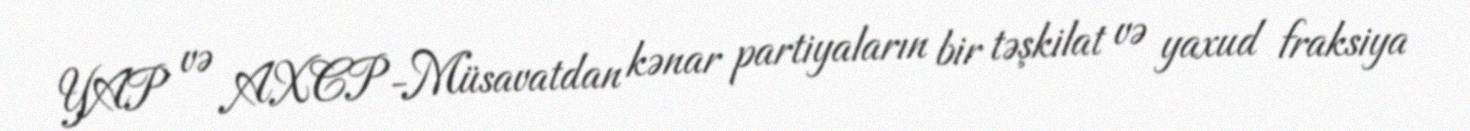
YAP və AXCP-Müsavatdan kənar partiyaların bir təşkilat və yaxud fraksiya